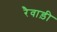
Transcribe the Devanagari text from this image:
रैवाड़ी